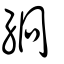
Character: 絅